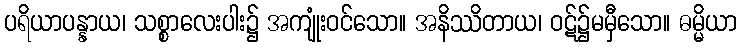
ပရိယာပန္နာယ၊ သစ္စာလေးပါး၌ အကျုံးဝင်သော။ အနိဿိတာယ၊ ဝဋ်၌မမှီသော။ ဓမ္မိယာ